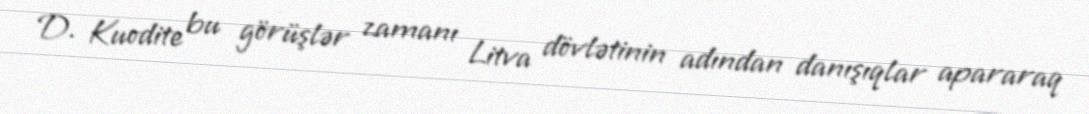
D. Kuodite bu görüşlər zamanı Litva dövlətinin adından danışıqlar apararaq